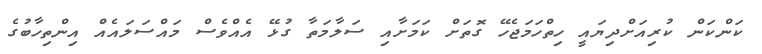
ކަންކަން ކުރިއަށްދިޔައީ ހިތްހަމަޖެހޭ ގޮތަށް ކަމަށާއި ސަލާމަތާ ގުޅޭ އެއްވެސް މައްސަލައެއް އިންތިހާބުގެ